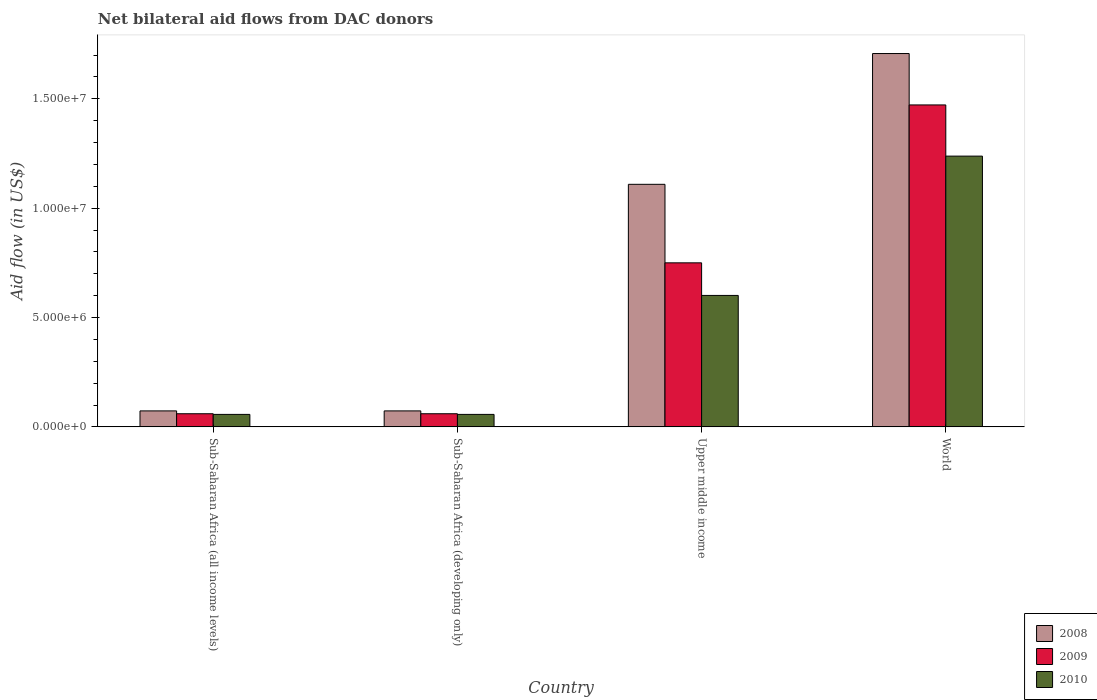
| Country | 2008 | 2009 | 2010 |
 | --- | --- | --- | --- |
 | Sub-Saharan Africa (all income levels) | 7.3e+05 | 6e+05 | 5.7e+05 |
 | Sub-Saharan Africa (developing only) | 7.3e+05 | 6e+05 | 5.7e+05 |
 | Upper middle income | 1.11e+07 | 7.5e+06 | 6.01e+06 |
 | World | 1.71e+07 | 1.47e+07 | 1.24e+07 |